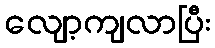
လျော့ကျလာပြီး